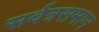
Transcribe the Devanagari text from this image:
सर्वत्रसमान